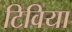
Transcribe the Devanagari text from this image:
टिविया